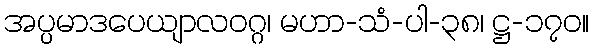
အပ္ပမာဒပေယျာလဝဂ္ဂ၊ မဟာ-သံ-ပါ-၃၈၊ ဋ္ဌ-၁၇၀။